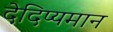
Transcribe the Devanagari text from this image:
देदिप्यमान